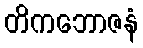
တိကဘောဇနံ